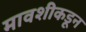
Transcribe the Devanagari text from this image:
मावशीकडून